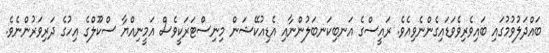
ބައްދަލުވުމުގައި ބައިވެރިވެވަޑައިގެންނެވިއެވެ. ރައީސްގެ އަނބިކަނބަލުންނާއި އެޑިއުކޭޝަން މިނިސްޓަރަކީވެސް އަމީނިއްޔާ ސްކޫލްގެ އިހުގެ ދަރިވަރުންނެވެ.